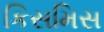
કિસમિસ